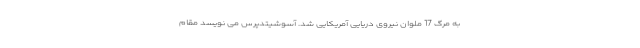
به مرگ 17 ملوان نیروی دریایی آمریکایی شد. آسوشیتدپرس می نویسد مقام